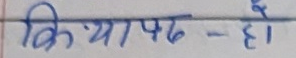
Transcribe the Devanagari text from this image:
क्रियापद - हो